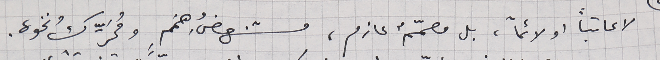
لا عاتباً او لائماً، بل مصمّمٌ عازم، مستنهضُ هِمَم ٍومُحَرِّك ونخوة.